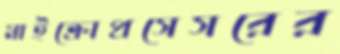
মাইক্রোপ্রসেসরের